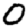
Digit: 0